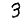
Digit: 3